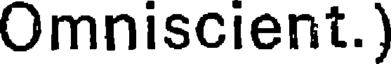
Omniscient.)